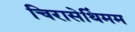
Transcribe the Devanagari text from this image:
चिरासेथिंमम